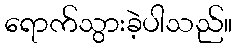
ရောက်သွားခဲ့ပါသည်။